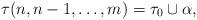
LaTeX: \begin{align*} \tau (n, n-1, \dots, m) = \tau_0 \cup \alpha,\end{align*}